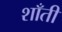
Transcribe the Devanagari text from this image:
शाँती